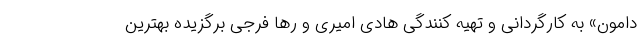
دامون» به کارگردانی و تهیه کنندگی هادی امیری و رها فرجی برگزیده بهترین